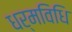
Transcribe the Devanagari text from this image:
धर्मविधि